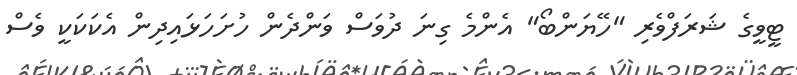
ޓީވީގެ ޝަރަފްވެރި "ހޭޔަންބޯ" އެންމެ ގިނަ ދުވަސް ވަންދެން ހުށަހަޅައިދިން އެކަކަކީ ވެސް